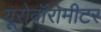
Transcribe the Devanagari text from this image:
यूरोवॉरोमीटर